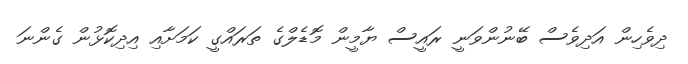
ދިވެހިން އަދިވެސް ބޭނުންވަނީ ރައީސް ޔާމީން މޮޑެލްގެ ތަރައްގީ ކަމަށާއި އިދިކޮޅުން ގެންނަ